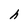
Character: h